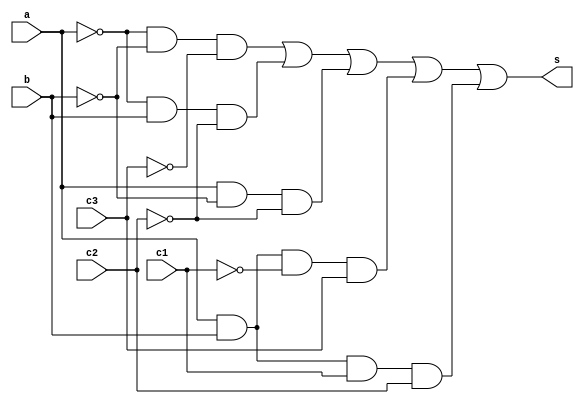
// ------------------------- 
// Exemplo0035 - F4 
// Nome: Marcio Santana Correa
// ------------------------- 
// ------------------------- 
// f4_gate 
// ------------------------- 
module f4 (output s, input a, input b, input c1, input c2, input c3);  
assign s = (~a & ~b & ~c3) | (~a & b & ~c2) | (a & ~b & ~c2) | (a & b & ~c1 & c3) | (a & b & c1 & c2);
endmodule // f4 
module test_f4; 
// ------------------------- definir dados 
reg a; 
reg b;
reg c1;
reg c2;
reg c3;
wire s; 
f4 modulo1 (s, a, b, c, c2, c3); 
// ------------------------- parte principal 
initial begin 
$display("Exemplo0035 - Marcio Santana Correa"); 
$display("Test LU's module"); 
a = 1; b = 0; c1 = 0; c2 = 0; c3 = 1;
// projetar testes do modulo 
$display("A  B  C1 C2 C3 S");
$monitor("%b  %b  %b  %b  %b  %b",a, b, c1, c2, c3, s);
#1 a = 0; b = 1; c1 = 1; c2 = 0; c3 = 0;
#1 a = 1; b = 0; c1 = 0; c2 = 1; c3 = 1;
#1 a = 0; b = 1; c1 = 1; c2 = 1; c3 = 0;
end 
endmodule // test_f4